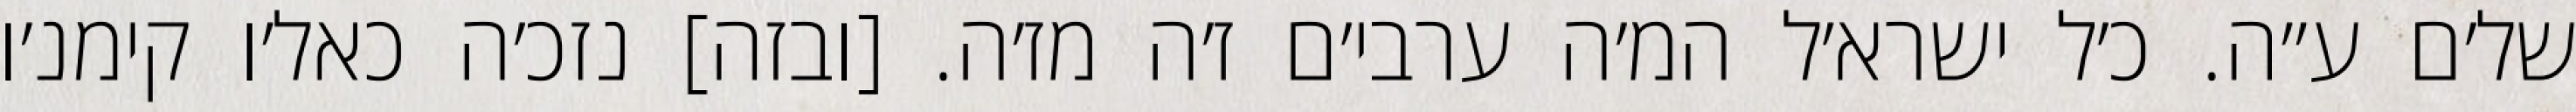
של׳ם ע״ה. כ׳ל ישרא׳ל המ׳ה ערבי׳ם ז׳ה מז׳ה. [ובזה] נזכ׳ה כאל׳ו קימנ׳ו